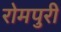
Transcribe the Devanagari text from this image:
रोमपुरी